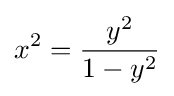
x^{2}={\frac {y^{2}}{1-y^{2}}}